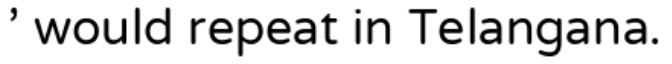
' would repeat in Telangana.